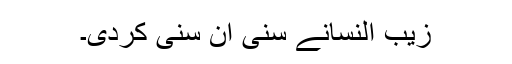
زیب النسانے سنی ان سنی کردی۔